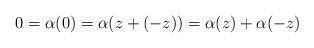
\begin{align*}0 = \alpha(0) = \alpha(z + (-z)) = \alpha(z) + \alpha(-z)\end{align*}